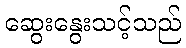
ဆွေးနွေးသင့်သည်